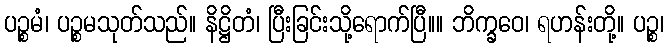
ပဉ္စမံ၊ ပဉ္စမသုတ်သည်။ နိဋ္ဌိတံ၊ ပြီးခြင်းသို့ရောက်ပြီ။။ ဘိက္ခဝေ၊ ရဟန်းတို့။ ပဉ္စ၊